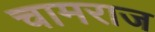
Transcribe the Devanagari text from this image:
चामराज